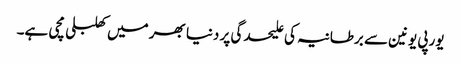
یورپی یونین سے برطانیہ کی علیحدگی پر دنیا بھر میں کھلبلی مچی ہے۔